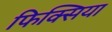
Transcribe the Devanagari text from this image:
फिक्सिया